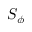
S _ { \phi }